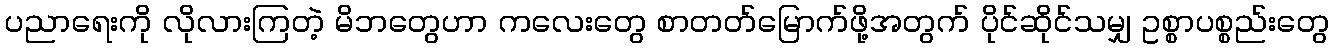
ပညာရေးကို လိုလားကြတဲ့ မိဘတွေဟာ ကလေးတွေ စာတတ်မြောက်ဖို့အတွက် ပိုင်ဆိုင်သမျှ ဥစ္စာပစ္စည်းတွေ